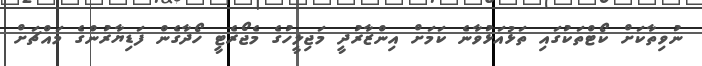
ނުވިތާކަށް ކޯޓްތަކުގައި ތަޅުއަޅުވާނެ ކަމަށް އިންޒާރުދީ މަޖިލީހުގެ މެޖޯރެޓީ ހޯދާގެން ފަޑިޔާރުންގެ މައްޗަށް